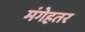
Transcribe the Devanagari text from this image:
मंगेहतर